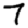
Digit: 7